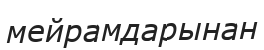
мейрамдарынан